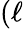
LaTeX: (\ell